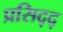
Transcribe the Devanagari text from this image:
प्रसिद्द्